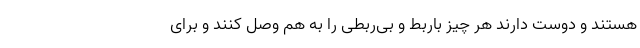
هستند و دوست دارند هر چیز باربط و بی‌ربطی را به هم وصل کنند و برای